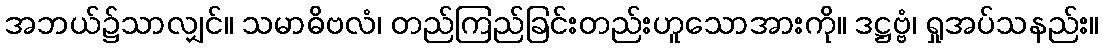
အဘယ်၌သာလျှင်။ သမာဓိဗလံ၊ တည်ကြည်ခြင်းတည်းဟူသောအားကို။ ဒဋ္ဌဗ္ဗံ၊ ရှုအပ်သနည်း။